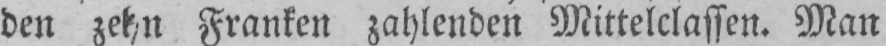
den zehn Franken zahlenden Mittelclassen. Man